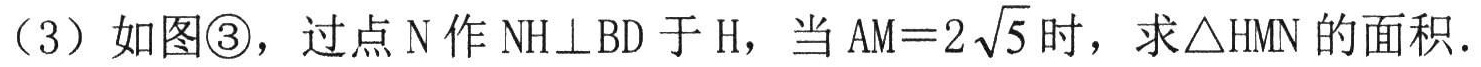
（3）如图\textcircled{3}，过点 N 作 NH⊥BD 于 H，当 AM = 2\(\sqrt{5}\)时，求△HMN 的面积．